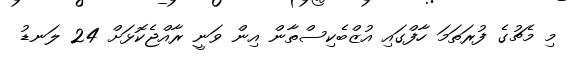
މި މެޗުގެ ފުރަތަމަ ހާފްގައި އުޒްބެކިސްތާން އިން ވަނީ ރާއްޖެކޮޅަށް 24 ލަނޑު